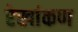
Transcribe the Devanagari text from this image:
रेखांकण